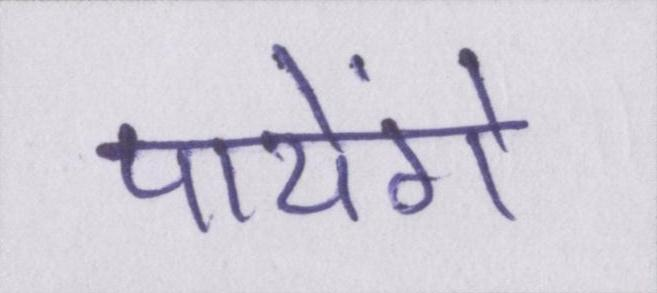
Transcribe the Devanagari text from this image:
पायेंगे